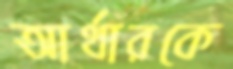
আর্থারকে